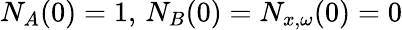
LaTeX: N_{A}(0)=1,\, N_{B}(0)=N_{x,\omega}(0)=0